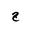
Letter: _gim